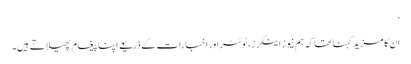
‘
ان کا مزید کہنا تھا کہ ہم نیوز اینکرز، ٹوئٹر اور اخبارات کے ذریعے اپنا پیغام پھیلاتے ہیں۔